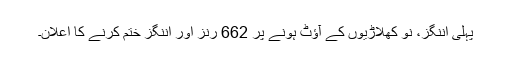
پہلی اننگز، نو کھلاڑیوں کے آؤٹ ہونے پر 662 رنز اور اننگز ختم کرنے کا اعلان۔